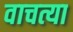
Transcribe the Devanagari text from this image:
वाचत्या